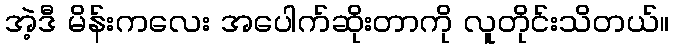
အဲ့ဒီ မိန်းကလေး အပေါက်ဆိုးတာကို လူတိုင်းသိတယ်။